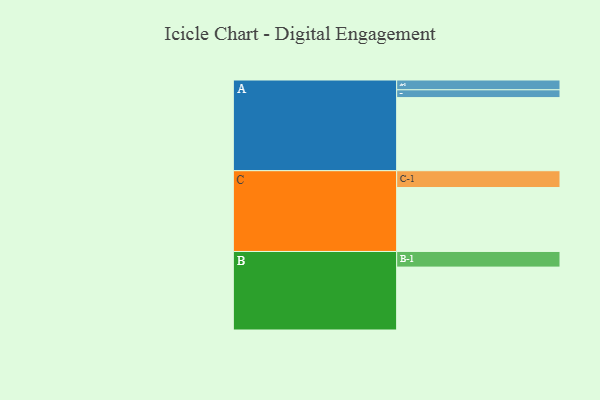
{"axis": {"x": "Segment", "y": "Value"}, "legend": ["", "A", "B", "C"], "data": [{"x": "A", "y": 552, "type": ""}, {"x": "B", "y": 475, "type": ""}, {"x": "C", "y": 483, "type": ""}, {"x": "A-1", "y": 74, "type": "A"}, {"x": "A-2", "y": 59, "type": "A"}, {"x": "B-1", "y": 118, "type": "B"}, {"x": "C-1", "y": 127, "type": "C"}]}